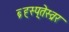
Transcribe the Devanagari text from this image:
ब्र्ह्स्प्तेस्व्रर